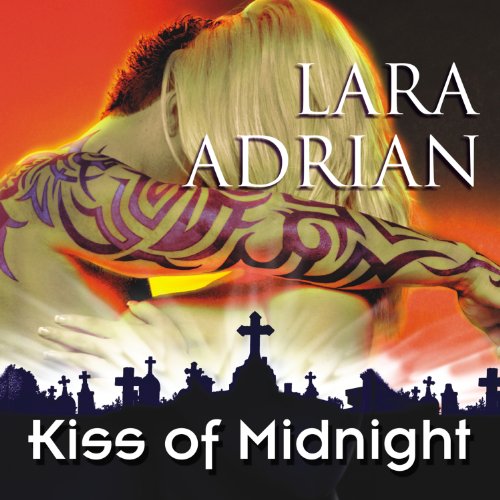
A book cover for Kiss of Midnight: The Midnight Breed, Book 1; Lara Adrian; Literature & Fiction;